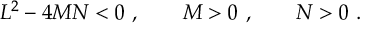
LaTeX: L ^ { 2 } - 4 M N < 0 \ , \qquad M > 0 \ , \qquad N > 0 \ .